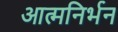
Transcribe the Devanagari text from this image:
आत्मनिर्भन